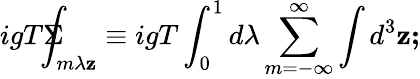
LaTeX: igT\Sigma\! \! \! \! \! \! \int_{m\lambda\mathbf{z}}\equiv igT\int_{0}^{1}d\lambda\sum_{m=-\infty}^{\infty}\int d^{3}\mathbf{z;}